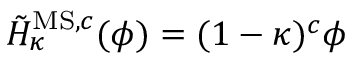
\tilde { H } _ { \kappa } ^ { \mathrm { M S , } c } ( \phi ) = ( 1 - \kappa ) ^ { c } \phi